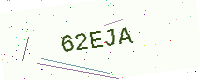
Text: 62EJA